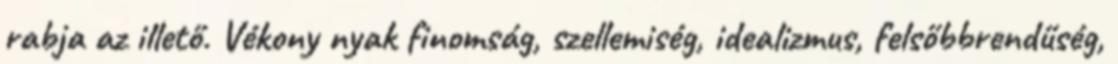
rabja az illető. Vékony nyak finomság, szellemiség, idealizmus, felsőbbrendűség,